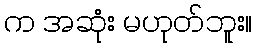
က အဆုံး မဟုတ်ဘူး။